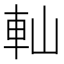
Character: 軕